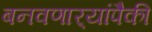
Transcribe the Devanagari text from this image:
बनवणार्‍यांपैकी